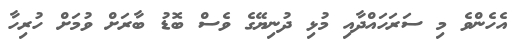
އެހެންވެ މި ސަރަހައްދާއި މުޅި ދުނިޔޭގެ ވެސް ބޮޑު ބާރަށް ވުމަށް ހުރިހާ